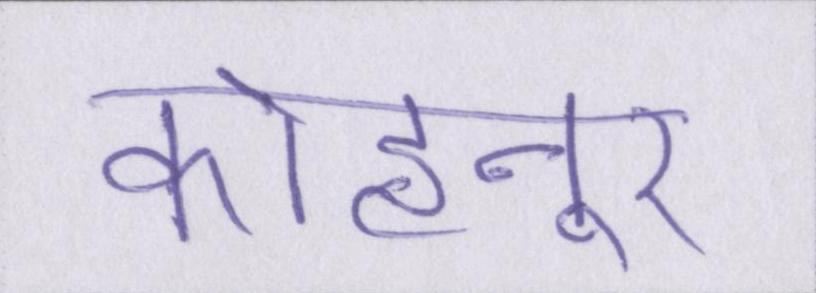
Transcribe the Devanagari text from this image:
कोहनूर